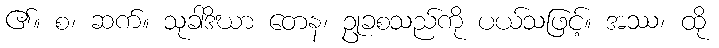
၏။ စ၊ ဆက်။ သုခါဒိဃာ တေန၊ ဥုခစသည်ကို ပယ်သဖြင့်။ အဿ၊ ထို